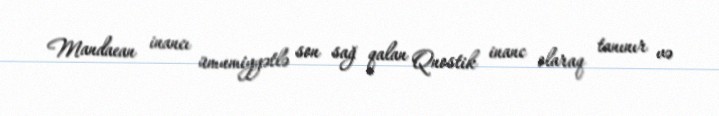
Mandaean inancı ümumiyyətlə son sağ qalan Qnostik inanc olaraq tanınır və